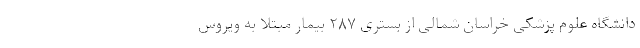
دانشگاه علوم پزشکی خراسان شمالی از بستری ۲۸۷ بیمار مبتلا به ویروس